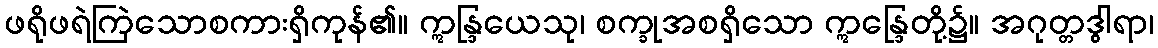
ဖရိုဖရဲကြဲသောစကားရှိကုန်၏။ ဣန္ဒြယေသု၊ စက္ခုအစရှိသော ဣန္ဒြေတို့၌။ အဂုတ္တဒွါရာ၊